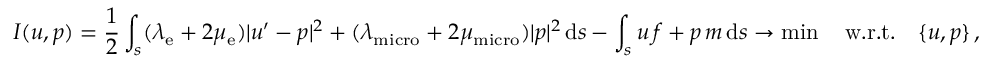
I ( u , p ) = \frac { 1 } { 2 } \int _ { s } ( \lambda _ { \mathrm { e } } + 2 \mu _ { \mathrm { e } } ) | u ^ { \prime } - p | ^ { 2 } + ( \lambda _ { \mathrm { m i c r o } } + 2 \mu _ { \mathrm { m i c r o } } ) | p | ^ { 2 } \, \mathrm { d } s - \int _ { s } u \, f + p \, m \, \mathrm { d } s \to \operatorname* { m i n } \quad \mathrm { w . r . t . } \quad \{ u , p \} \, ,